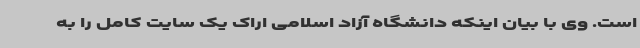
است. وی با بیان اینکه دانشگاه آزاد اسلامی اراک یک سایت کامل را به